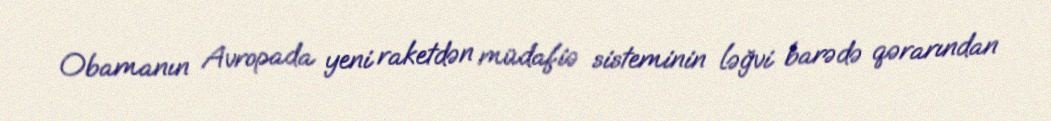
Obamanın Avropada yeni raketdən müdafiə sisteminin ləğvi barədə qərarından